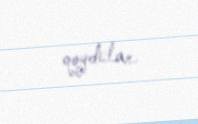
qoydular.